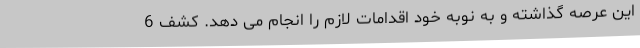
این عرصه گذاشته و به نوبه خود اقدامات لازم را انجام می دهد. کشف 6